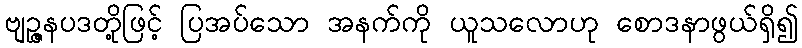
ဗျဉ္ဇနပဒတို့ဖြင့် ပြအပ်သော အနက်ကို ယူသလောဟု စောဒနာဖွယ်ရှိ၍